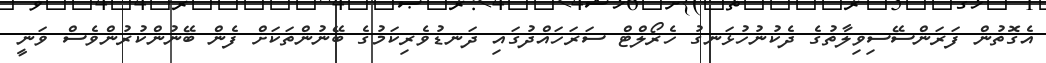
އެގޮތުން ފަރަންސޭސިވިލާތުގެ ދެކުނުހުޅަނގު ހެރޯލްޓް ސަރަހައްދުގައި ދަނޑުވެރިކަމުގެ ބޭނުންތަކަށް ފެން ބޭނުންކުރުންވެސް ވަނީ